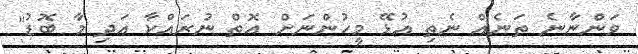
ވަންނާނެ ތަނެއް ނެތި އުޅޭ މީހުންނަށް އޮތް ނުރައްކާ އަދި މާ ބޮޑު"